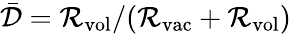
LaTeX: \bar{\mathcal{D}}=\mathcal{R}_{\mathrm{vol}}/(\mathcal{R}_{\mathrm{vac}}+\mathcal{R}_{\mathrm{vol}})